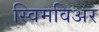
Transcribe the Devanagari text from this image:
स्विमविअर